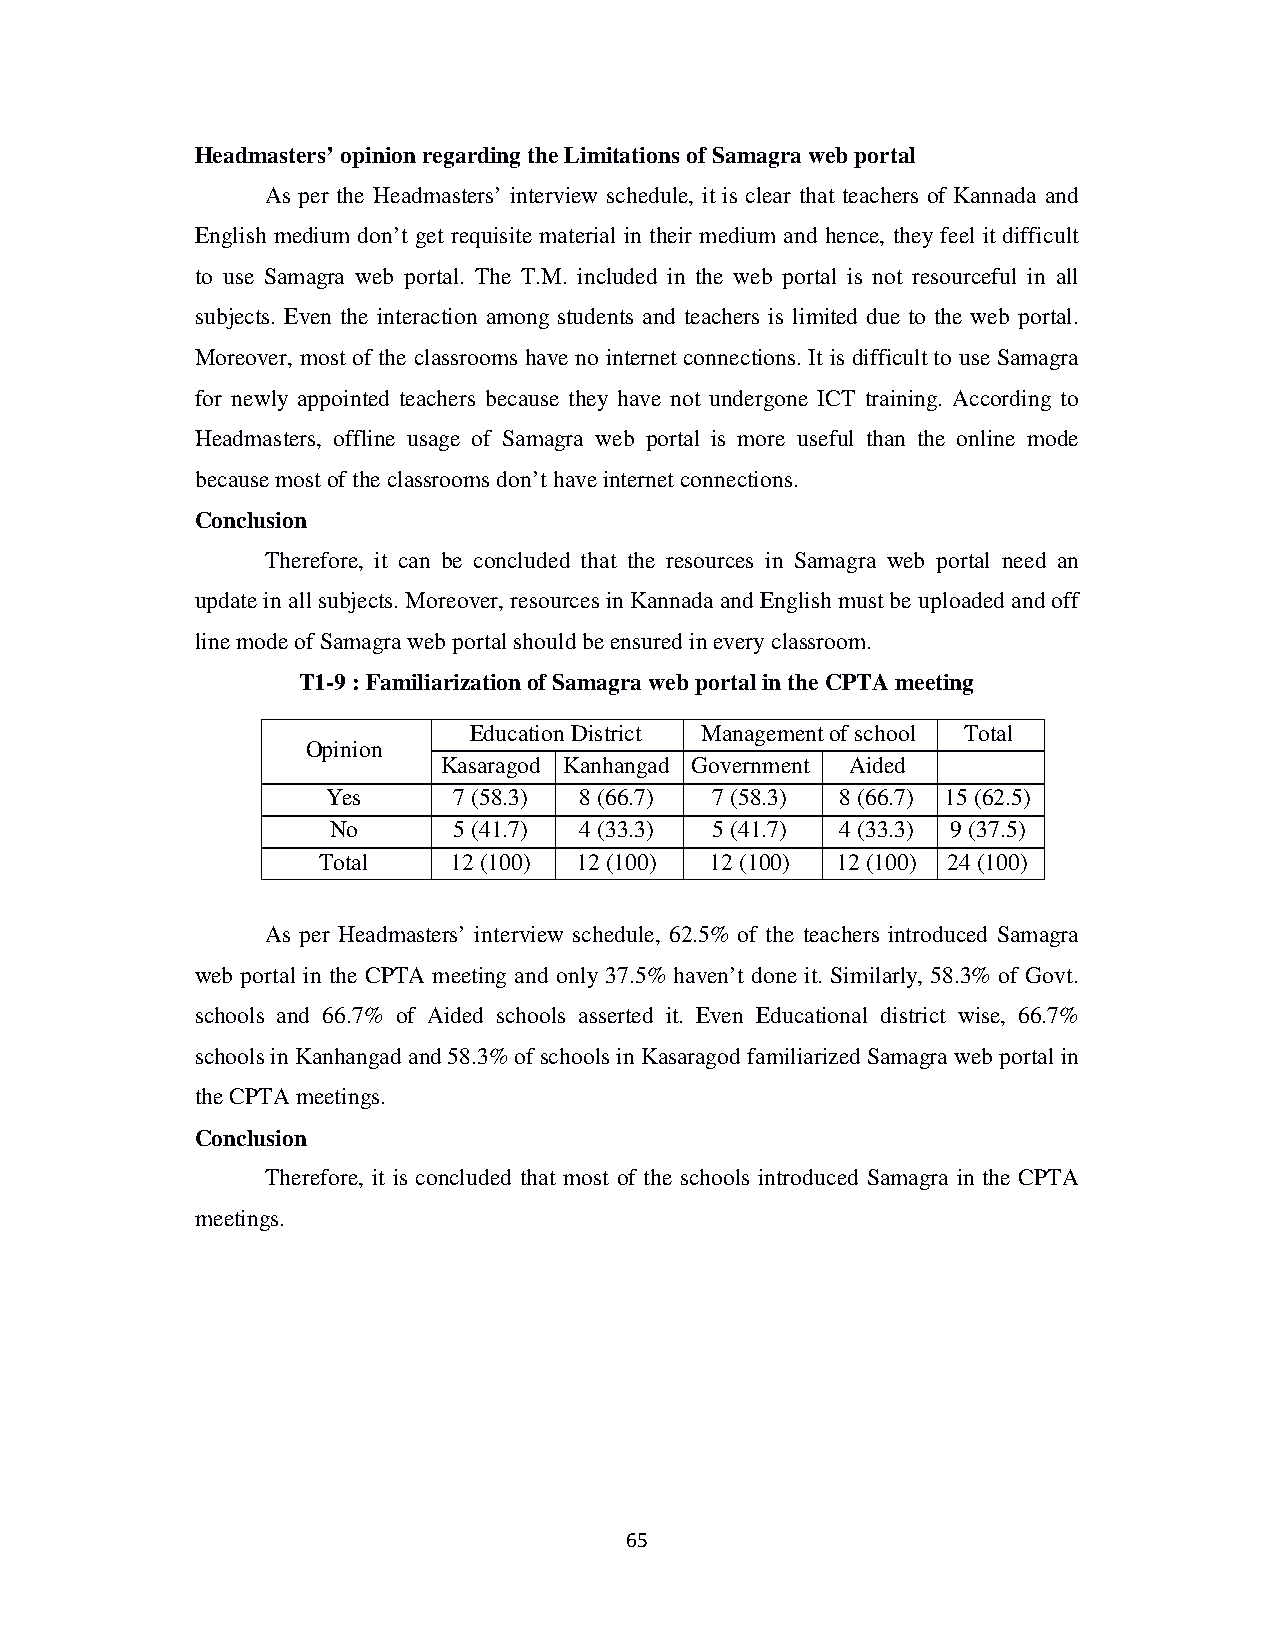
Headmasters’ opinion regarding the Limitations of Samagra web portal
 As per the Headmasters’ interview schedule, it is clear that teachers of Kannada and
 English medium don’t get requisite material in their medium and hence, they feel it difficult
 to use Samagra web portal. The T.M. included in the web portal is not resourceful in all
 subjects. Even the interaction among students and teachers is limited due to the web portal.
 Moreover, most of the classrooms have no internet connections. It is difficult to use Samagra
 for newly appointed teachers because they have not undergone ICT training. According to
 Headmasters, offline usage of Samagra web portal is more useful than the online mode
 because most of the classrooms don’t have internet connections.
 Conclusion
 Therefore, it can be concluded that the resources in Samagra web portal need an
 update in all subjects. Moreover, resources in Kannada and English must be uploaded and off
 line mode of Samagra web portal should be ensured in every classroom.
 T1-9 : Familiarization of Samagra web portal in the CPTA meeting
 Education District Management of school Total
 Opinion
 Kasaragod Kanhangad Government Aided
 Yes     7 (58.3) 8 (66.7) 7 (58.3) 8 (66.7) 15 (62.5)
 No      5 (41.7) 4 (33.3) 5 (41.7) 4 (33.3) 9 (37.5)
 Total    12 (100) 12 (100) 12 (100) 12 (100) 24 (100)
 As per Headmasters’ interview schedule, 62.5% of the teachers introduced Samagra
 web portal in the CPTA meeting and only 37.5% haven’t done it. Similarly, 58.3% of Govt.
 schools and 66.7% of Aided schools asserted it. Even Educational district wise, 66.7%
 schools in Kanhangad and 58.3% of schools in Kasaragod familiarized Samagra web portal in
 the CPTA meetings.
 Conclusion
 Therefore, it is concluded that most of the schools introduced Samagra in the CPTA
 meetings.
 65